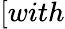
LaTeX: [with